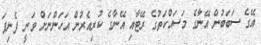
އޭގެ ސަބަބުން އޭނާގެ މަސައްކަތުގެ ރޭޓާއި އޭނާގެ ކުރިއެރުން އަހަންނަށް ވަނީ ފެނިފަ